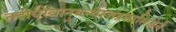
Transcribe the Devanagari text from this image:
तदीयैरेवानुबन्धैस्त्तद्वत्तासिद्धेर्न